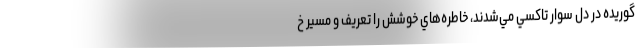
گوريده در دل سوار تاكسي مي‌شدند، خاطره‌هاي خوشش را تعريف و مسير خ